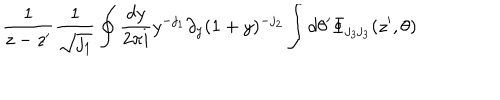
LaTeX: \frac { 1 } { z - z ^ { \prime } } \frac { 1 } { \sqrt { j _ { 1 } } } \oint \frac { d y } { 2 \pi i } y ^ { - j _ { 1 } } \partial _ { y } ( 1 + y ) ^ { - j _ { 2 } } \int d \theta ^ { \prime } \Phi _ { j _ { 3 } j _ { 3 } } ( z ^ { \prime } , \theta )